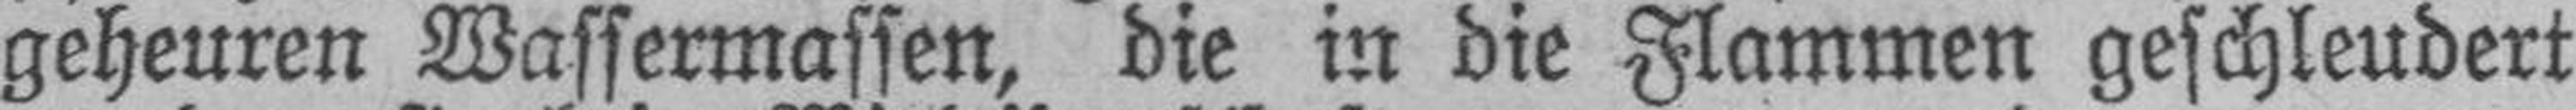
geheuren Wassermassen, die in die Flammen geschleudert